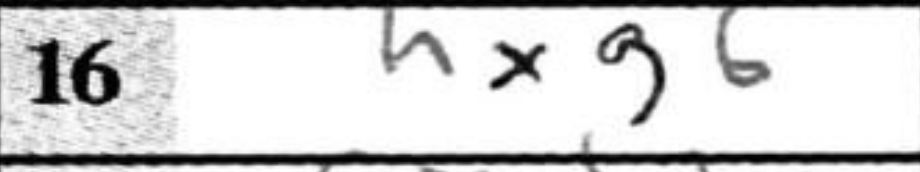
Transcription: hxg6